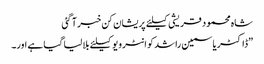
شاہ محمود قریشی کیلئے پریشان کن خبر آ گئی
”ڈاکٹر یاسمین راشد کو انٹرویو کیلئے بلا لیا گیا ہے اور۔